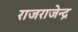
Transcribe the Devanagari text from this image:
राजराजेन्द्र